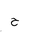
Letter: _ha